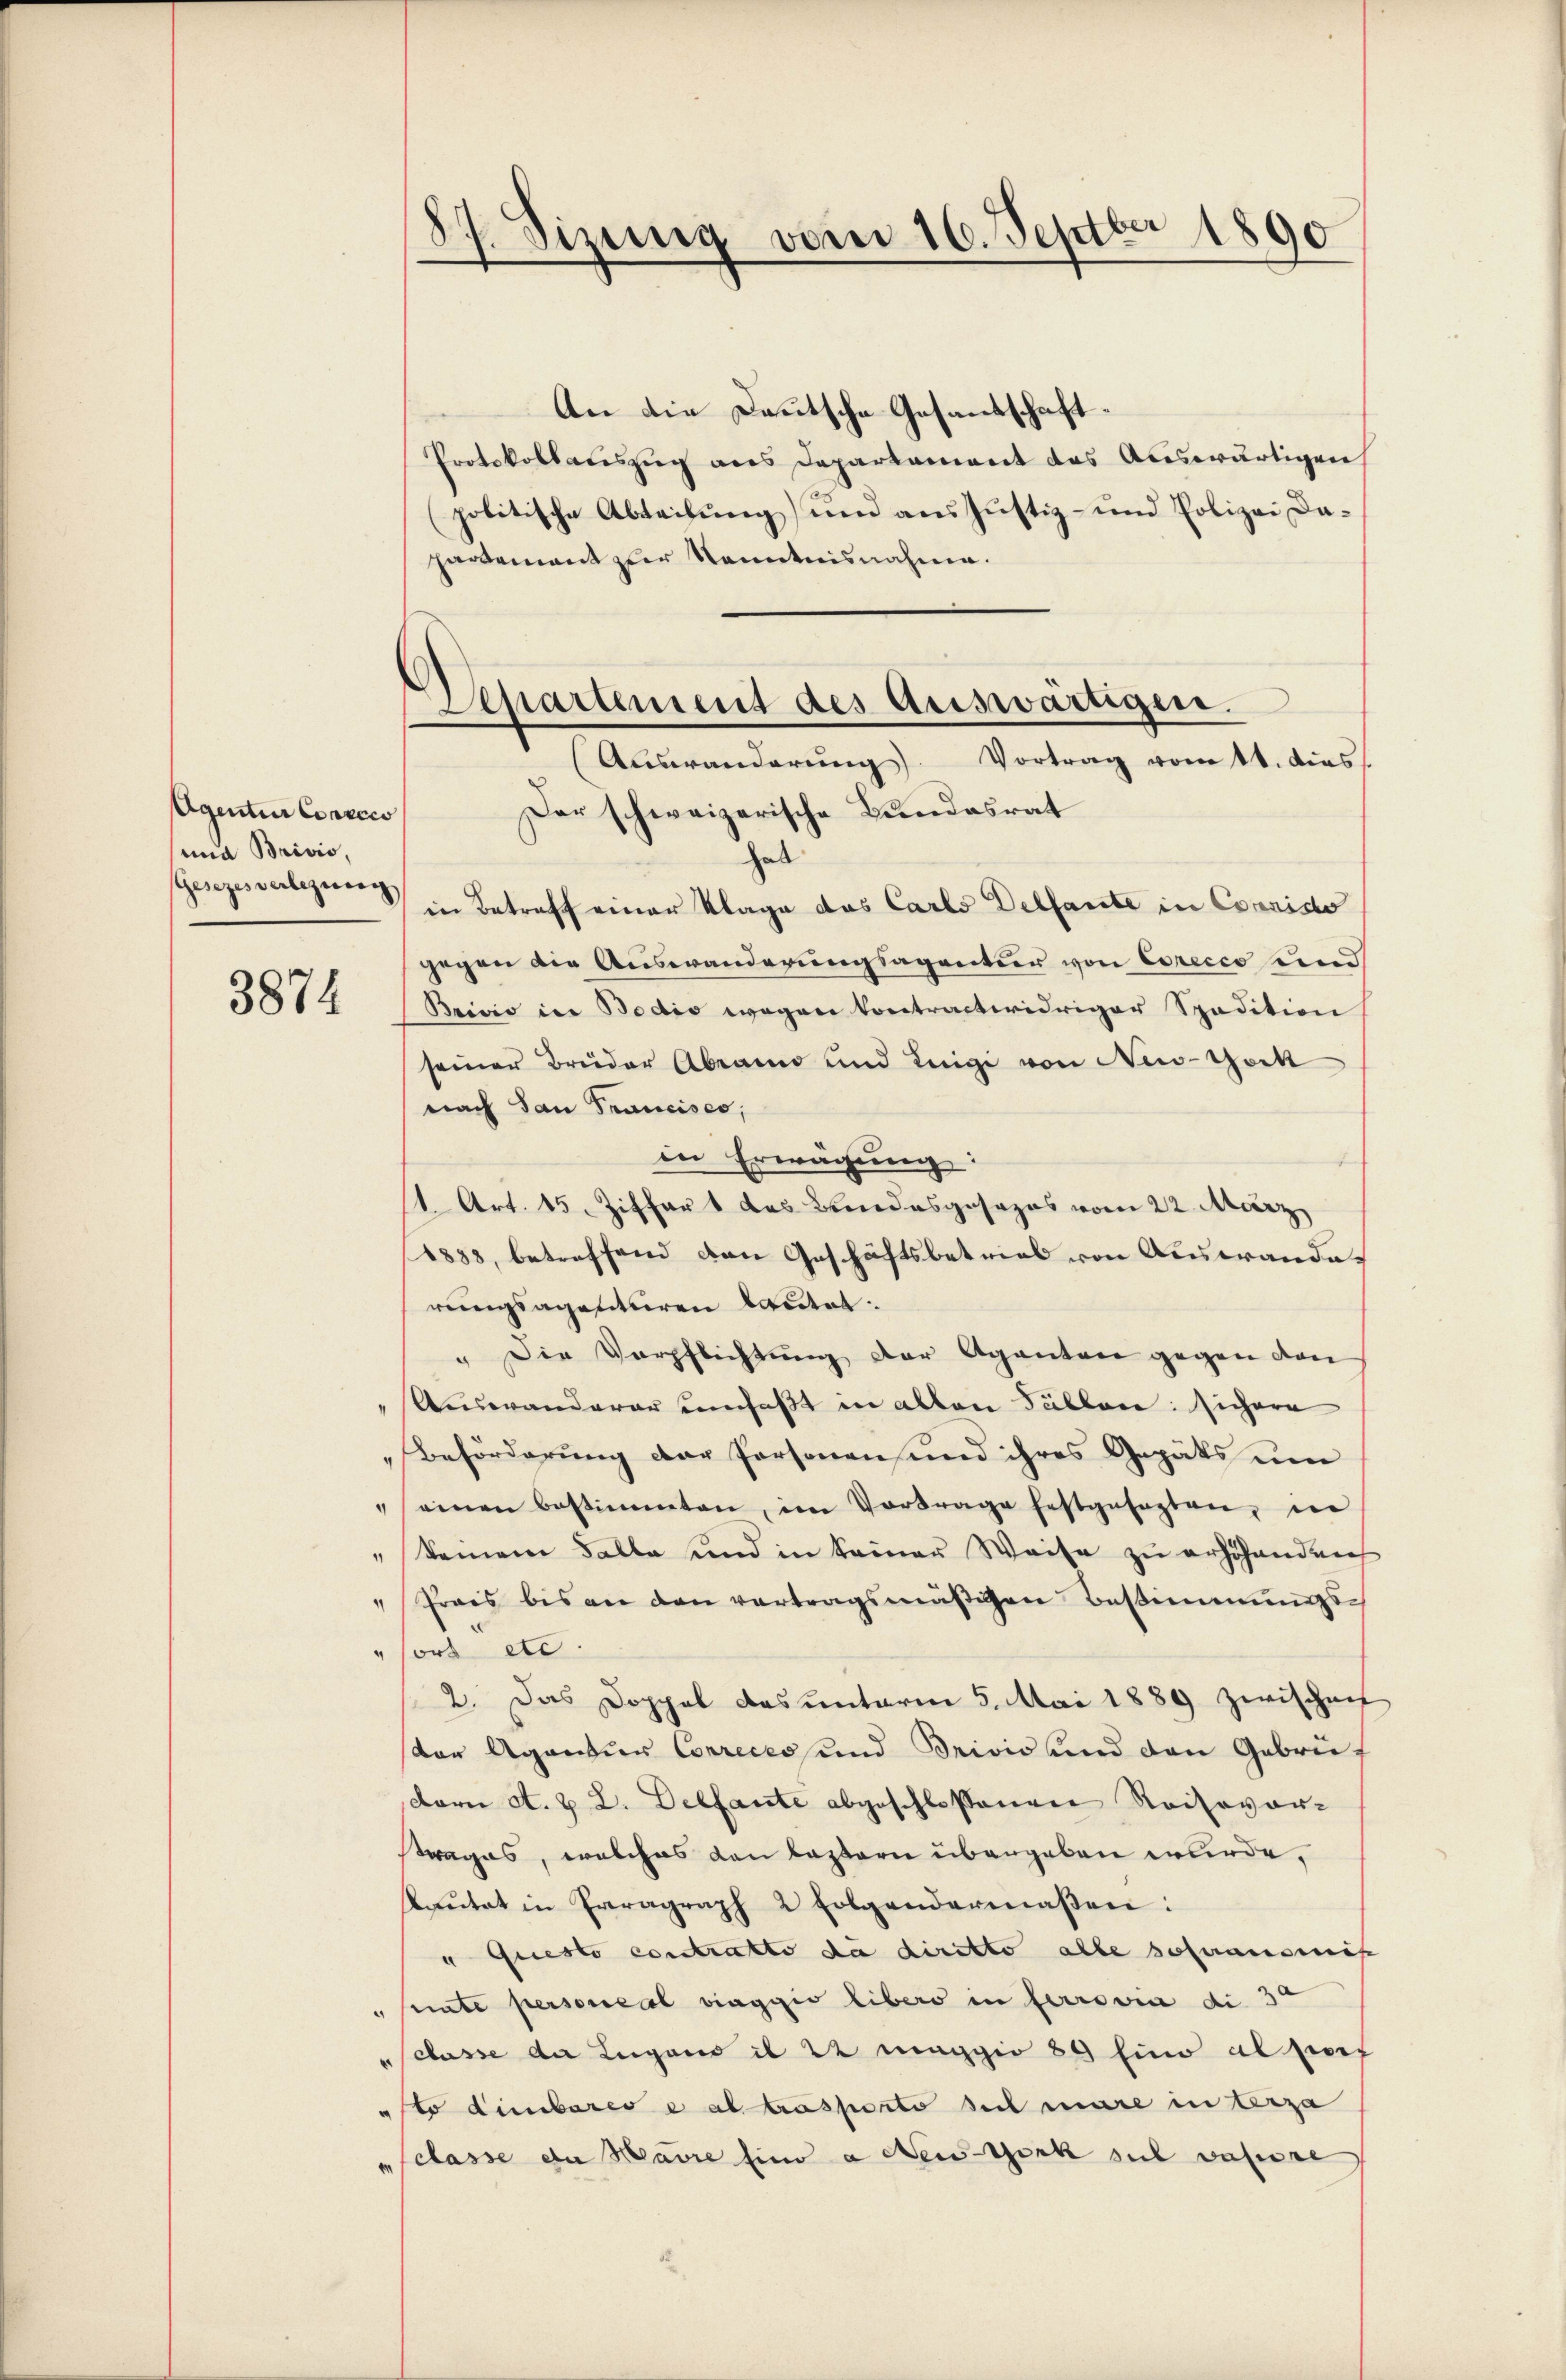
Agentin Conzcco
und Brivio,
sGesezes verbezug.

3874

An die Deutsche Gesandschaft¬
Protokollauszug aus Departement des Auswärtigen
politische Abteilung) und aus Justiz- und Polizei Dapartement zur Kenntnisnahmen.
Der schweizerische Bundesrat
hab
in Betreff einer Klage das Carlo Delfante in Corniso
gegen die Auswanderungsagentur von Corecco und
Brivia in Bodis wegen kontractwidriger Spadition
seiner Brüder Abrann und Luigi von New-York
nach San Francisco,
in Erwägung:
1. Art. 15. Ziffer 1 das Bundesgesezes vom 22. März
1833, betreffend den Geschäftsbetrieb von Auswandes
rungsagentiren lautet.
" Die Verpflichtung der Aganten gegen von
Auswanderar umfaßt in allen Fällen: sichere
Beförderung der Personen und ihres Gepäts um
" einen bestimmten, im Vortrage festgesagten, in
" keinem Falle und in keiner Weise zu erschanden
"Prais bis an den vertragsmäßigen Bestimmungs¬
"sort etc.
2. Das Doppel das unterm 5. Mai 1889 zwischen
ster Agantur Correcess und Privić und den Gebrüdern A. & 2. Delfante abgeschlossenen Reisevor-
strages, welches den lassern übergeben wurde,
aŭtet in Erragraph 2 Folgendermaßen:
" Questo contratto da diritto alle soferansmis
uate personeral viaggio libers in ferrovia di 3t
classe da Lugano il 22 Maggio 89 Eine al prof
sto dimibares e altrasporto sich mare in terza
Sclasse da Havre sind a den Gork sul vahre

87. Sizenig vom 16. Septbr 1890

Departement des Auswärtigen.
(Auswanderŭng. Vortrag vom 11. das